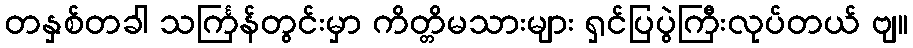
တနှစ်တခါ သင်္ကြန်တွင်းမှာ ကိတ္တိမသားများ ရှင်ပြပွဲကြီးလုပ်တယ် ဗျ။